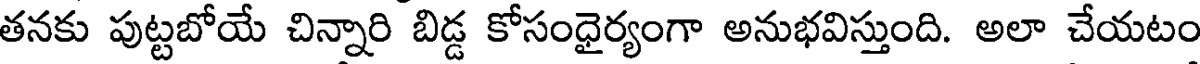
తనకు పుట్టబోయే చిన్నారి బిడ్డ కోసంధైర్యంగా అనుభవిస్తుంది. అలా చేయటం